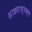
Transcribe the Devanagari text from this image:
साहसाध्यक्ष